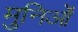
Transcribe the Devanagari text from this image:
मुनिओं